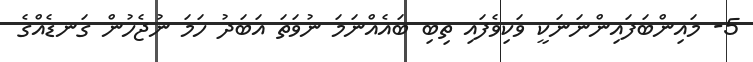
5- މައިންބަފައިންނަނަކީ ވަކިވެފައި ތިބި ބައެއްނަމަ ނުވަތަ އަބަދު ހަމަ ނުޖެހުން ގަނޑެއްގެ